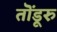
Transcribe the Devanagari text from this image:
तॊंडूरु